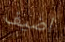
اضيف